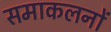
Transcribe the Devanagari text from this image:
समाकलनों